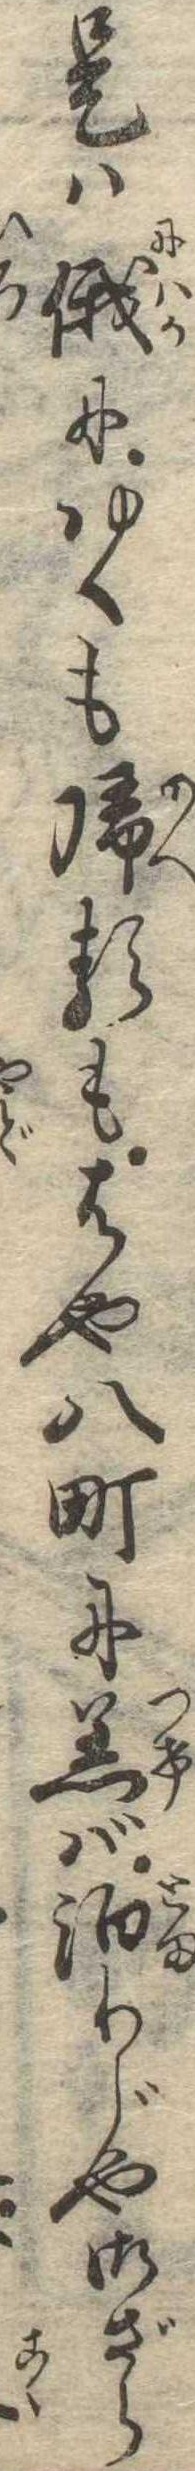
是は俄にゆくも帰るもはや八町に着ば泊りじや御ざら